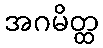
အဂမိတ္ထ